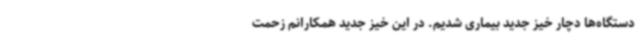
دستگاه‌ها دچار خیز جدید بیماری شدیم. در این خیز جدید همکارانم زحمت